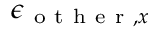
\epsilon _ { \mathrm { ~ o ~ t ~ h ~ e ~ r ~ } , x }